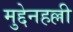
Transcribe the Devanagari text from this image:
मुद्देनहल्ली